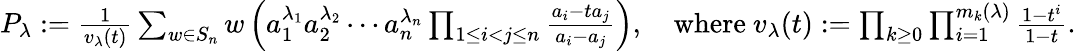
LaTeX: \begin{array}{r}{P_{\lambda}:=\frac{1}{v_{\lambda}(t)}\sum_{w\in S_{n}}w\left(a_{1}^{\lambda_{1}}a_{2}^{\lambda_{2}}\cdots a_{n}^{\lambda_{n}}\prod_{1\leq i<j\leq n}\frac{a_{i}-ta_{j}}{a_{i}-a_{j}}\right),\quad\mathrm{where~}v_{\lambda}(t):=\prod_{k\geq 0}\prod_{i=1}^{m_{k}(\lambda)}\frac{1-t^{i}}{1-t}.}\end{array}